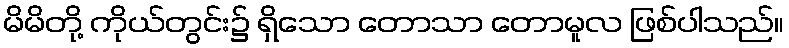
မိမိတို့ ကိုယ်တွင်း၌ ရှိသော တောသာ တောမူလ ဖြစ်ပါသည်။